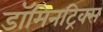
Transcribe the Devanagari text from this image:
डॉमिनट्रिक्स